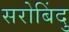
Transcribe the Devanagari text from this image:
सरोबिंदु